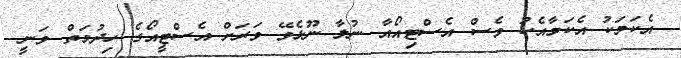
އެކަމަކު އެކަމާއެކު ވެސް އެސްޓިއޯއާ ނުލާ ނޫޅެވޭ ވަރަށް އެސްޓީއޯގެ ހިދުމަތް ވަނީ